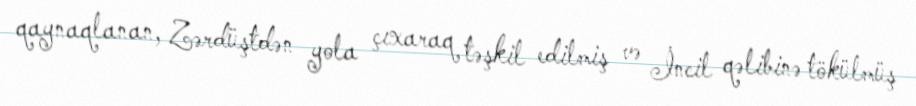
qaynaqlanan, Zərdüştdən yola çıxaraq təşkil edilmiş və İncil qəlibinə tökülmüş